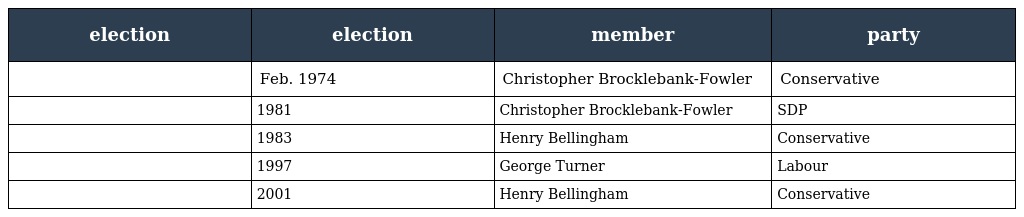
| election | election | member | party |
 | --- | --- | --- | --- |
 |  | Feb. 1974 | Christopher Brocklebank-Fowler | Conservative |
 |  | 1981 | Christopher Brocklebank-Fowler | SDP |
 |  | 1983 | Henry Bellingham | Conservative |
 |  | 1997 | George Turner | Labour |
 |  | 2001 | Henry Bellingham | Conservative |